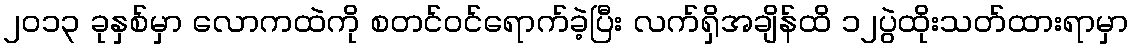
၂၀၁၃ ခုနှစ်မှာ လောကထဲကို စတင်ဝင်ရောက်ခဲ့ပြီး လက်ရှိအချိန်ထိ ၁၂ပွဲထိုးသတ်ထားရာမှာ